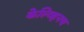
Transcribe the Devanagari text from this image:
केल्व्हिनच